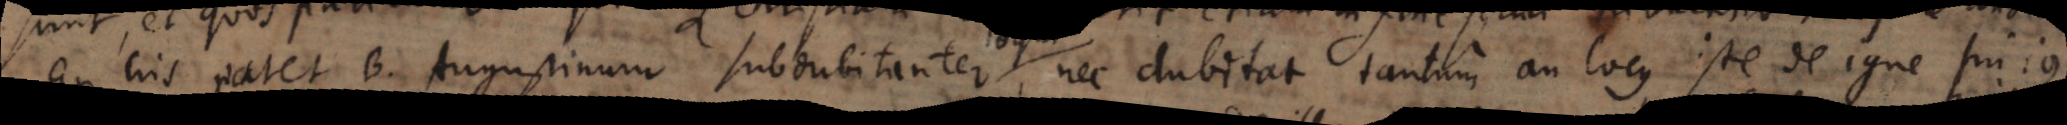
Ex his patet B. Augustinum subdubitanter, nec dubitat tantum an locus iste de igne hujus